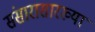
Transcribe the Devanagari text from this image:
संसारासारख्या